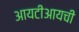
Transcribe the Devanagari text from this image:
आयटीआयची